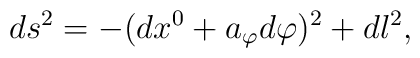
ds^2=-(dx^0+a_\varphi d \varphi)^2+dl^2,